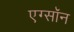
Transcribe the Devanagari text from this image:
एग्सॉन